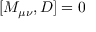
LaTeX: [ M _ { \mu \nu } , D ] = 0